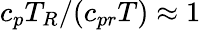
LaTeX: c_{p}T_{R}/(c_{pr}T)\approx 1